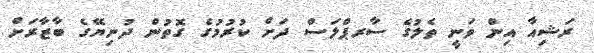
ރަޝިއާ އިން ވަނީ ތެލުގެ ސާރޕްލަސް ދަށް ކުރުމުގެ ގޮތުން ދުނިޔޭގެ ބާޒާރަށް